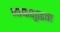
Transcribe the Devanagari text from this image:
भाषाशुद्धता